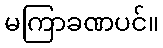
မကြာခဏပင်။